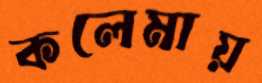
কলেমায়